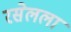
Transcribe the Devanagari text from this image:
रसेलला